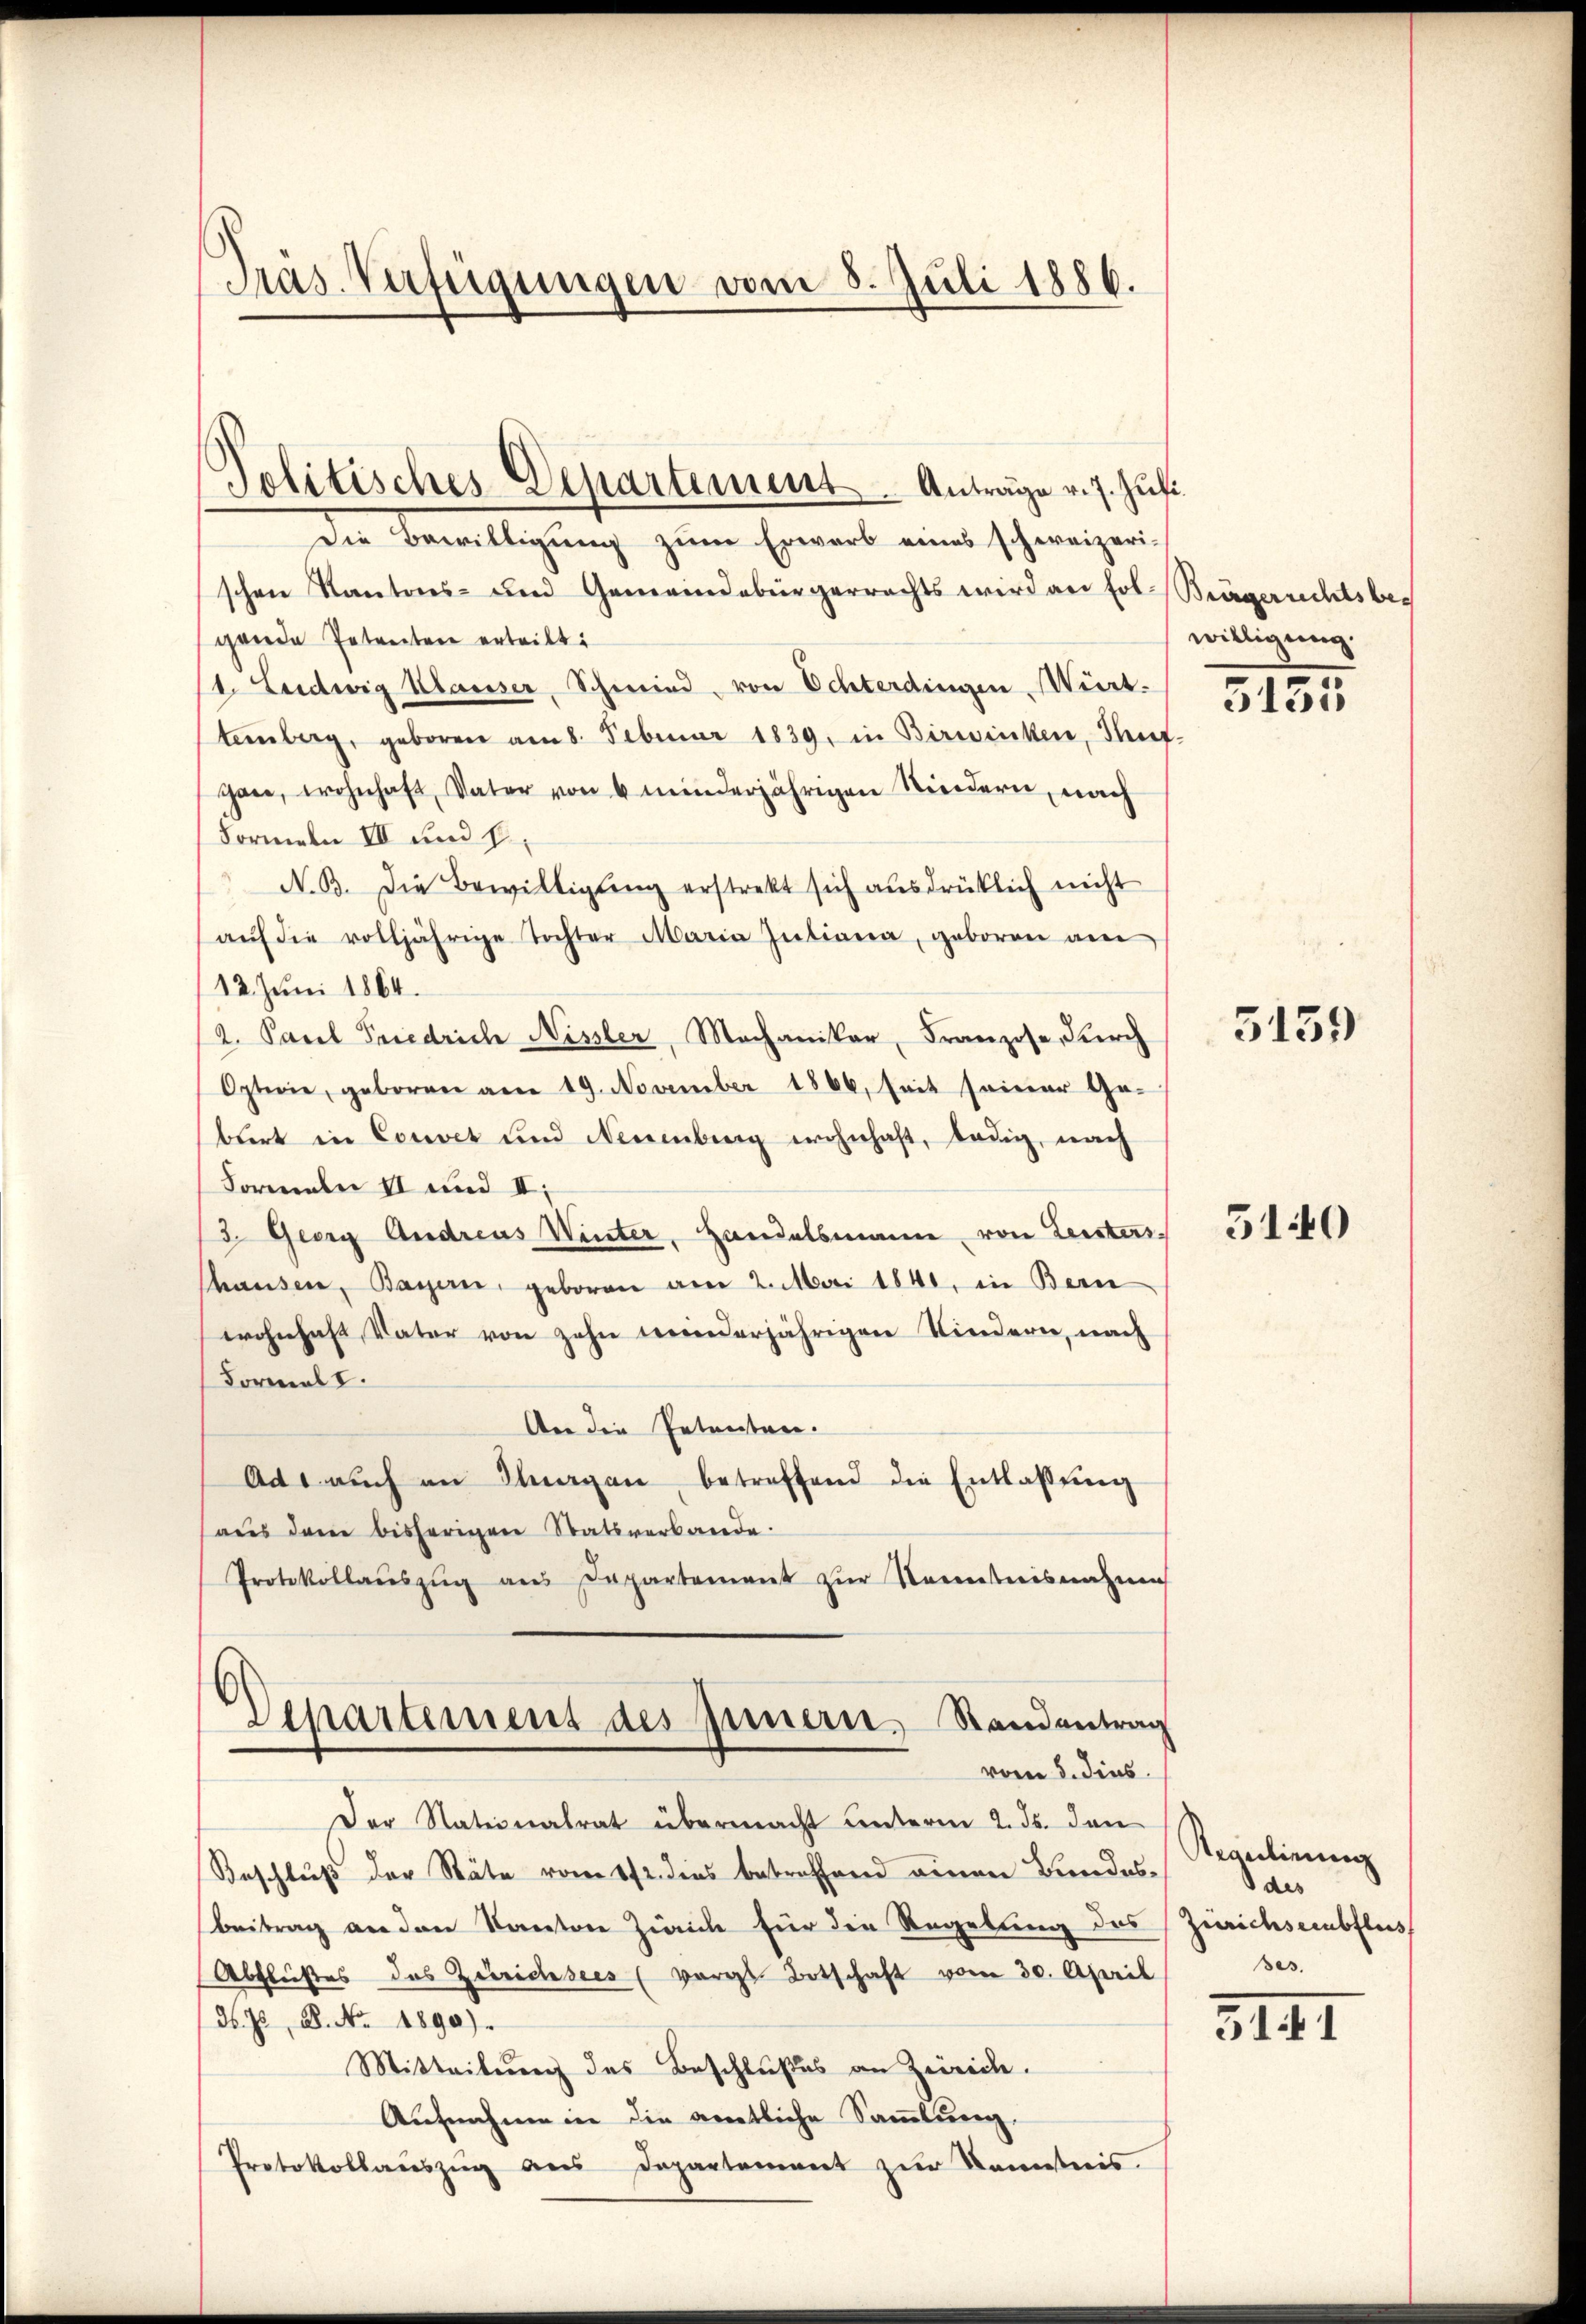
Pras. Verfügungen vom 8. Juli 1886.

Politisches Departement. Anträge v. 7. Juli

Die Bewilligung zum Erwarb eines schweizerischen Kantons- und Gemeindebürgerrechts wird an Fol-Brägerrechtsbeg
gende Petenten erteilt:
1. Ludwig Klauser, Schmied von Echterdingen Württemberg, geboren am 8. Februar 1839. in Birwinken, Tauf-
gen, wohnhaft, Vater von 4 minderjährigen Kindern, nach
Formeln III und 8.
N. B. Die Bewilligung erstrekt sich ausdrücklich nicht
aŭf die volljährige Tochter Maria Intiana, geboren am
12. Juni 1864.
2. Pacel Friedrich Nissler, Mechaniker, Franzose, durch
Opterie, geboren am 19. November 1866, seit seiner Geburt in Convet und Neuenburg wohnhaft, ledig, nach
Formalen II und II:
3. Georg Andreas Winter, Handelsmann von Leistersthausen, Bayern, geboren am 2. Mai 1841, in Bern
wohnhaft Vater von zehn meinderjährigen Kindern, nach
Formal I.
An die Petenten.
Ad. auch an Hergan betreffend die Entlassŭng
aus dem bisherigen Statsverbande.
Protokollaŭszŭg ans Departement zŭr Neuestnisnahme
Departement des Innern, Standentrag
vom 5. dies
Der Nationalrat übermacht unterm 2. ds. dan
Beschluß der Stäte vom 12. dies betreffend einen Bundesbeitrag an den Kanton Zürich für die Regelung des
Abflußes das Zürichsees (vorges Botschaft vom 30. April
N. Z. B. No. 1890).
Mitteilung des Beschlußes an Zürich.
Aufnahme in die amtliche Sammlung.
Protokollaŭszŭg aŭs Departement zŭr Kenntnis.

willigung.

5135

5139

5140

Regulirung
des
Zürichseeubfluss
ses.

3III